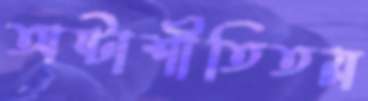
অষ্টাশীতিতম